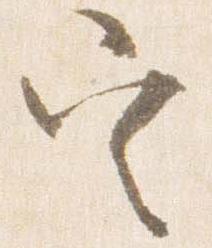
定